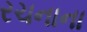
રચનાના